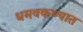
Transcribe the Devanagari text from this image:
धमवकण्यात